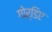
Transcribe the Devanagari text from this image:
गोर्डिए